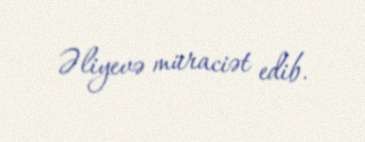
Əliyevə müraciət edib.